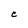
Character: c